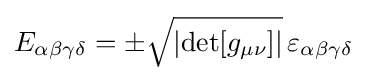
E_{\alpha \beta \gamma \delta }=\pm {\sqrt {\left|\det[g_{\mu \nu }]\right|}}\,\varepsilon _{\alpha \beta \gamma \delta }